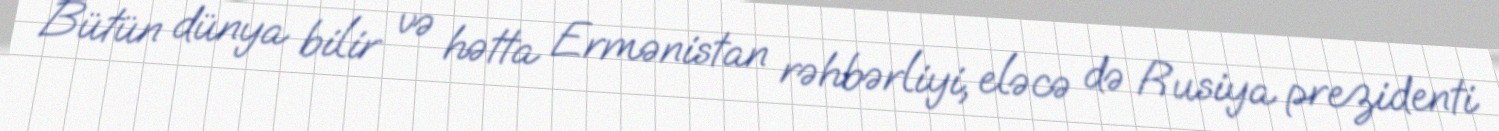
Bütün dünya bilir və hətta Ermənistan rəhbərliyi, eləcə də Rusiya prezidenti